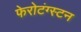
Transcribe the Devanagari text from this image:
फेरोटंग्स्टन